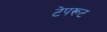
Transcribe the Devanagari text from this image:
टेपरूट